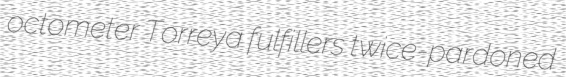
octometer Torreya fulfillers twice-pardoned